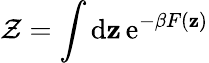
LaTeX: \mathcal{Z}=\int\operatorname{d\mathbf{z}}\operatorname{e}^{-\beta F(\mathbf{z})}